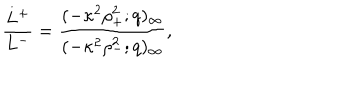
\frac { L ^ { + } } { L ^ { - } } = \frac { ( - \kappa ^ { 2 } \rho _ { + } ^ { 2 } ; q ) _ { \infty } } { ( - \kappa ^ { 2 } \rho _ { - } ^ { 2 } ; q ) _ { \infty } } ,